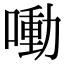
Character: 㗢